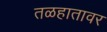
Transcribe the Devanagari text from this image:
तळहातावर